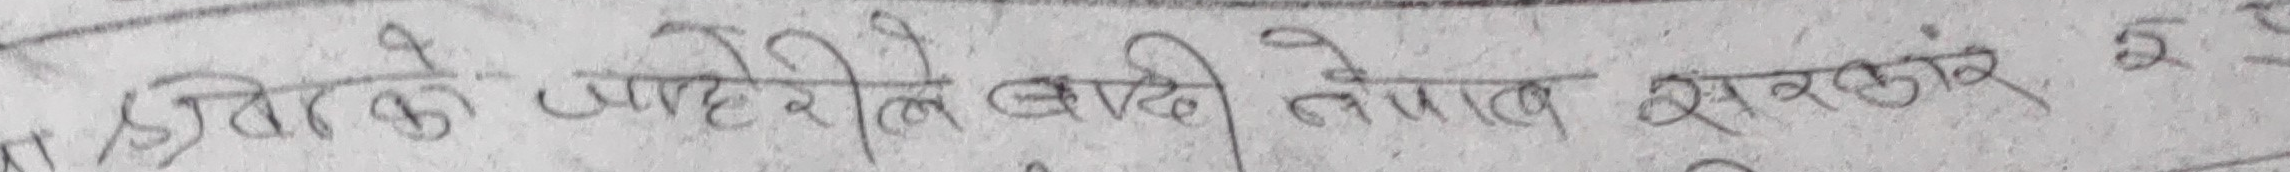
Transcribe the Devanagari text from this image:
शिवाको जाहेरीले बादी नेपाल सरकार र